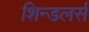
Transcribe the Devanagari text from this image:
शिन्डलर्स